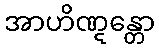
အာဟိဏ္ဋန္တော